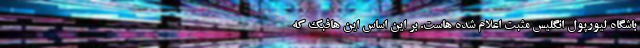
باشگاه لیورپول انگلیس مثبت اعلام شده هاست. بر این اساس این هافبک که